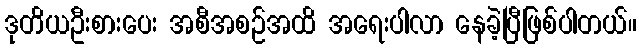
ဒုတိယဦးစားပေး အစီအစဉ်အထိ အရေးပါလာ နေခဲ့ပြီဖြစ်ပါတယ်။